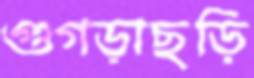
গুগড়াছড়ি